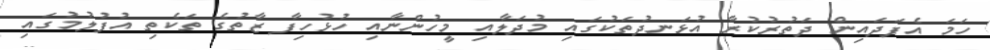
ހަމަ އެފަދައިން ދަތުރުކުރާ އުޅަނދުތަކުގައި މުދަލާއި މީހުންނާއި ހުޅުހިފާ ޒާތުގެ ތަކެތި އުފުލުމުގައި